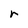
Character: r